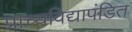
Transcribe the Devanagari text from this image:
प्राच्यविद्यापंडित